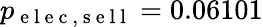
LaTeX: p_{\mathrm{~e~l~e~c~,~s~e~l~l~}}=0.06101